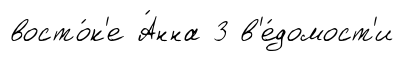
восто́к'е А́нна 3 в'е́домост'и